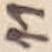
Text: 11